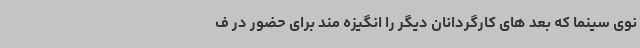
نوی سینما که بعد های کارگردانان دیگر را انگیزه مند برای حضور در ف